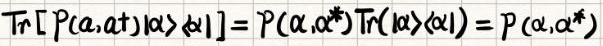
$\operatorname{Tr}[P(a,a^{\dagger})|\alpha\rangle\langle\alpha|]=P(\alpha,\alpha^{*})\operatorname{Tr}(|\alpha\rangle\langle\alpha|)=P(\alpha,\alpha^{*})$